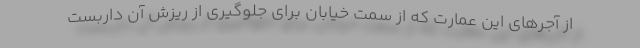
از آجرهای این عمارت که از سمت خیابان برای جلوگیری از ریزش آن داربست